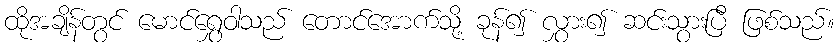
ထိုအချိန်တွင် မောင်ရွှေဝါသည် တောင်အောက်သို့ ခုန်၍ လွှား၍ ဆင်းသွားပြီ ဖြစ်သည်။